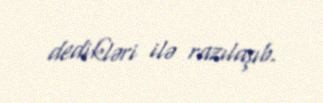
dedikləri ilə razılaşıb.